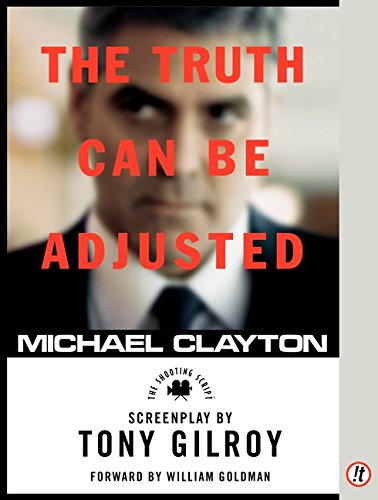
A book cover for Michael Clayton: The Shooting Script; Tony Gilroy; Humor & Entertainment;